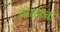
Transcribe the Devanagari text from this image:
चोळीचा